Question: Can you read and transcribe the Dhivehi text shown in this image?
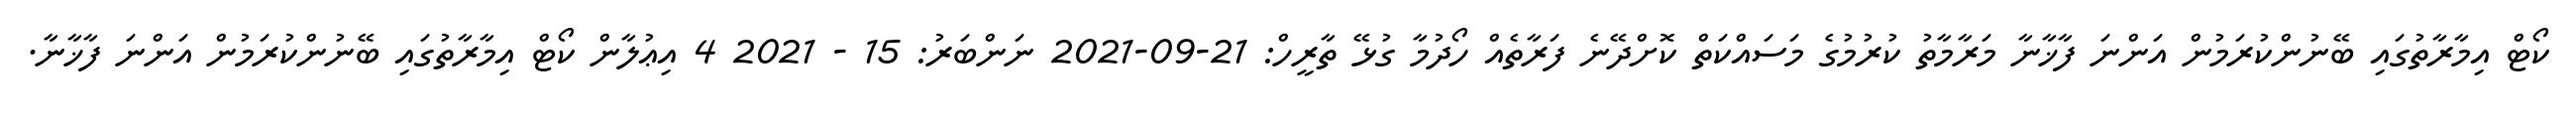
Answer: ކޯޓް އިމާރާތުގައި ބޭނުންކުރަމުން އަންނަ ފާޚާނާ މަރާމާތު ކުރުމުގެ މަސައްކަތް ކޮށްދޭނެ ފަރާތެއް ހޯދުމާ ގުޅޭ ތާރީހް: 21-09-2021 ނަންބަރު: 15 - 2021 4 އިޢުލާން ކޯޓް އިމާރާތުގައި ބޭނުންކުރަމުން އަންނަ ފާޚާނާ.